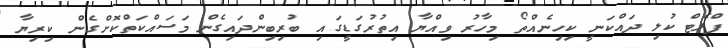
ފްލެޓް ކުލި ދައްކަނީ ކިހިނެއްތޯ މިހާރު ވިއްޔާ އިތުރުގަޑީގައި ބުރިބިންދައިގެން މަސައްކަތްކޮށްގެން ކިރިޔާ